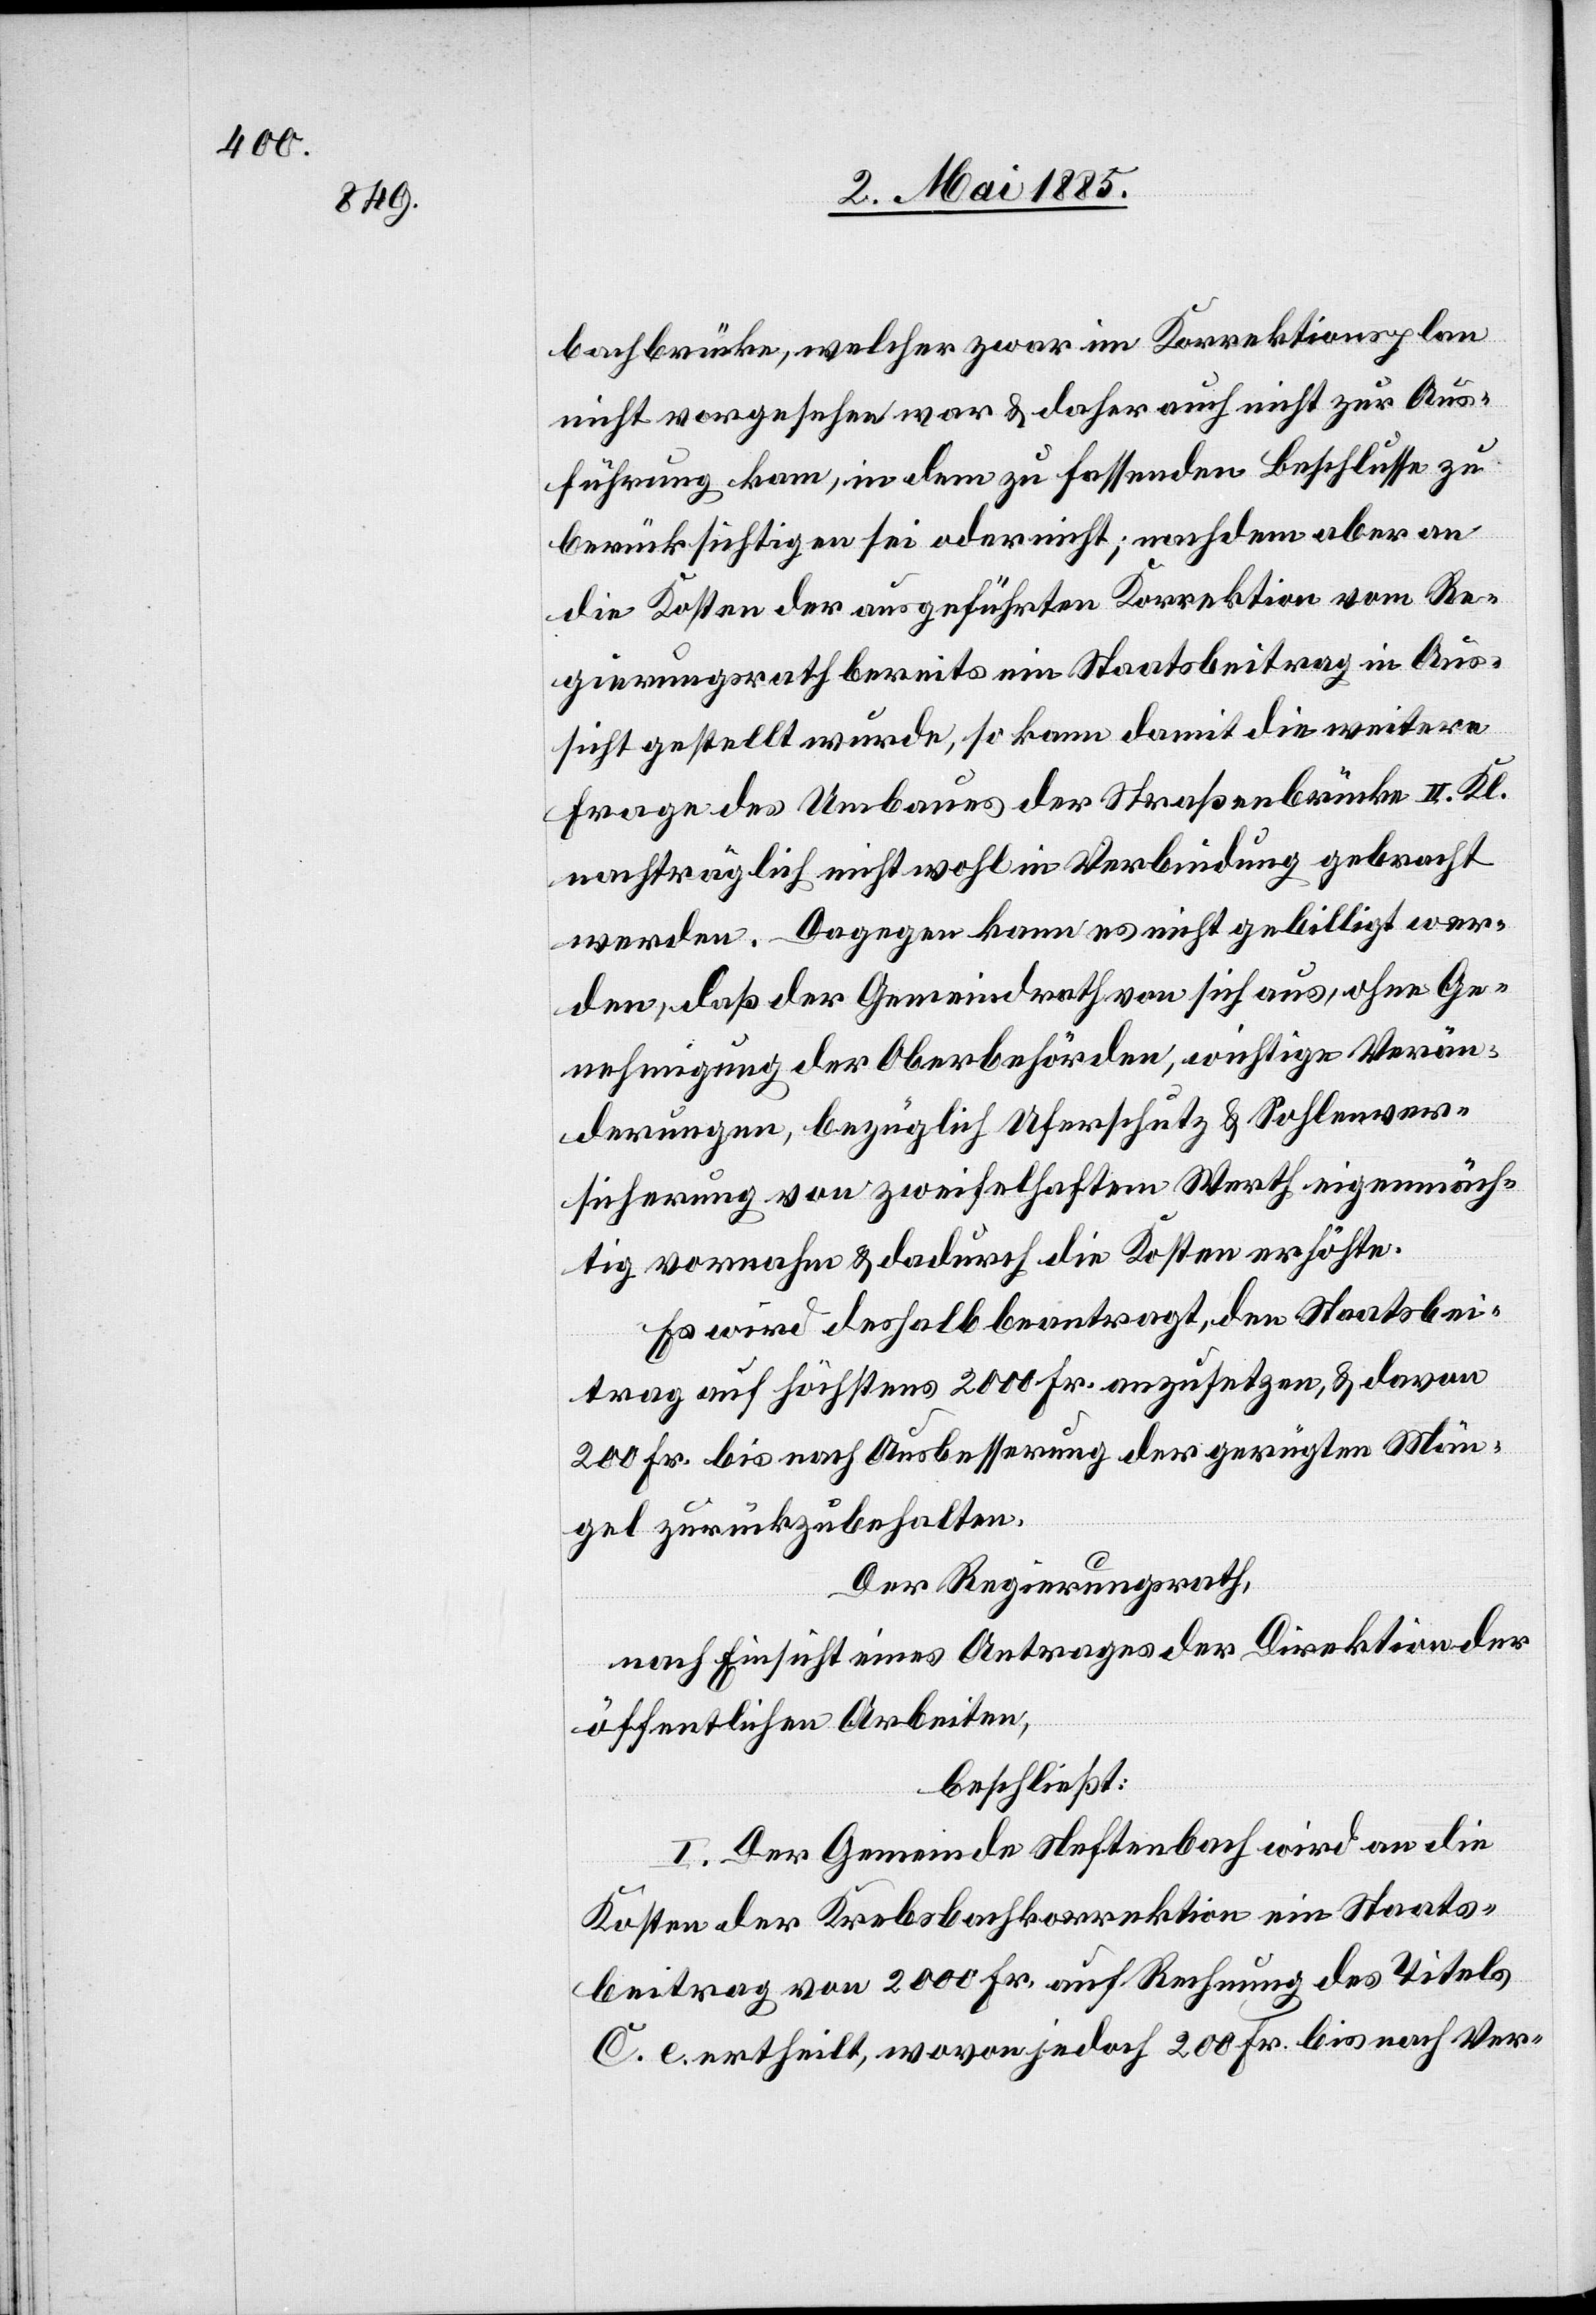
bachbrücke, welcher zwar im Korrektionsplan
nicht vorgesehen war & daher auch nicht zur Aus¬
führung kam, in dem zu fassenden Beschlusse zu
berücksichtigen sei oder nicht; nachdem aber an
die Kosten der ausgeführten Korrektion vom Re¬
gierungsrath bereits ein Staatsbeitrag in Aus¬
sicht gestellt wurde, so kann damit die weitere
Frage des Umbaues der Straßenbrücke II. Kl.
nachträglich nicht wohl in Verbindung gebracht
werden. Dagegen kann es nicht gebilligt wer¬
den, daß der Gemeindrath von sich aus, ohne Ge¬
nehmigung der Oberbehörden, wichtige Verän¬
derungen, bezüglich Uferschutz & Sohlenver¬
sicherung von zweifelhaftem Werth eigenmäch¬
tig vornahm & dadurch die Kosten erhöhte.
Es wird deshalb beantragt, den Staatsbei¬
trag auf höchstens 2000 Fr. anzusetzen, & davon
200 Fr. bis nach Ausbesserung der gerügten Män¬
gel zurückzubehalten.
Der Regierungsrath,
nach Einsicht eines Antrages der Direktion der
öffentlichen Arbeiten,
beschließt:
I. Der Gemeinde Neftenbach wird an die
Kosten der Krebsbachkorrektion ein Staats¬
beitrag von 2000 Fr. auf Rechnung des Titels
C. e. erhteilt, wovon jedoch 200 Fr. bis nach Ver-